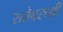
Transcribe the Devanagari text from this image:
सत्तेवरच्यी